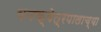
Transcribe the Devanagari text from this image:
वनक्षेत्रपालाच्या